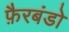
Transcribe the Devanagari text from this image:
फ़ैरबंडो